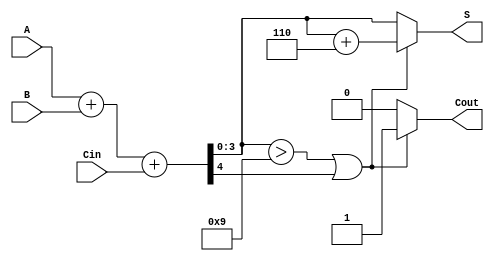
module BCD_Parallel_Adder(
    input [3:0] A,      // First BCD digit
    input [3:0] B,      // Second BCD digit
    input Cin,          // Carry input
    output reg [3:0] S, // BCD sum output
    output reg Cout     // Carry output
);

    wire [4:0] Sum;     // 5-bit sum to accommodate carry
    wire correction;     // Correction flag

    // Step 1: Binary addition
    assign Sum = A + B + Cin;

    // Step 2: Determine if correction is needed
    assign correction = (Sum[3:0] > 4'b1001) || Sum[4];

    // Step 3: Generate output
    always @(*) begin
        if (correction) begin
            S = Sum[3:0] + 4'b0110; // Add 6 for BCD correction
            Cout = 1;               // Set carry out
        end else begin
            S = Sum[3:0];           // No correction needed
            Cout = 0;               // No carry out
        end
    end

endmodule